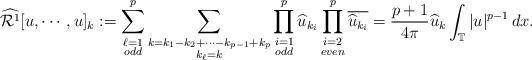
LaTeX: \begin{align*}\widehat{\mathcal{R}^1}[u, \cdots, u]_k := \sum_{\substack{\ell=1\\odd}}^{p} \sum_{\substack{k=k_1-k_2+\cdots-k_{p-1} +k_p\\k_\ell = k}}\prod_{\substack{i=1\\odd}}^{p}\widehat{u}_{k_i}\prod_{\substack{i=2\\even}}^p\overline{\widehat{u}_{k_i}} = \frac{p+1}{4\pi}\widehat{u}_k\int_\mathbb{T}|u|^{p-1}\,dx.\end{align*}